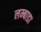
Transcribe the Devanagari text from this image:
लम्बाडा